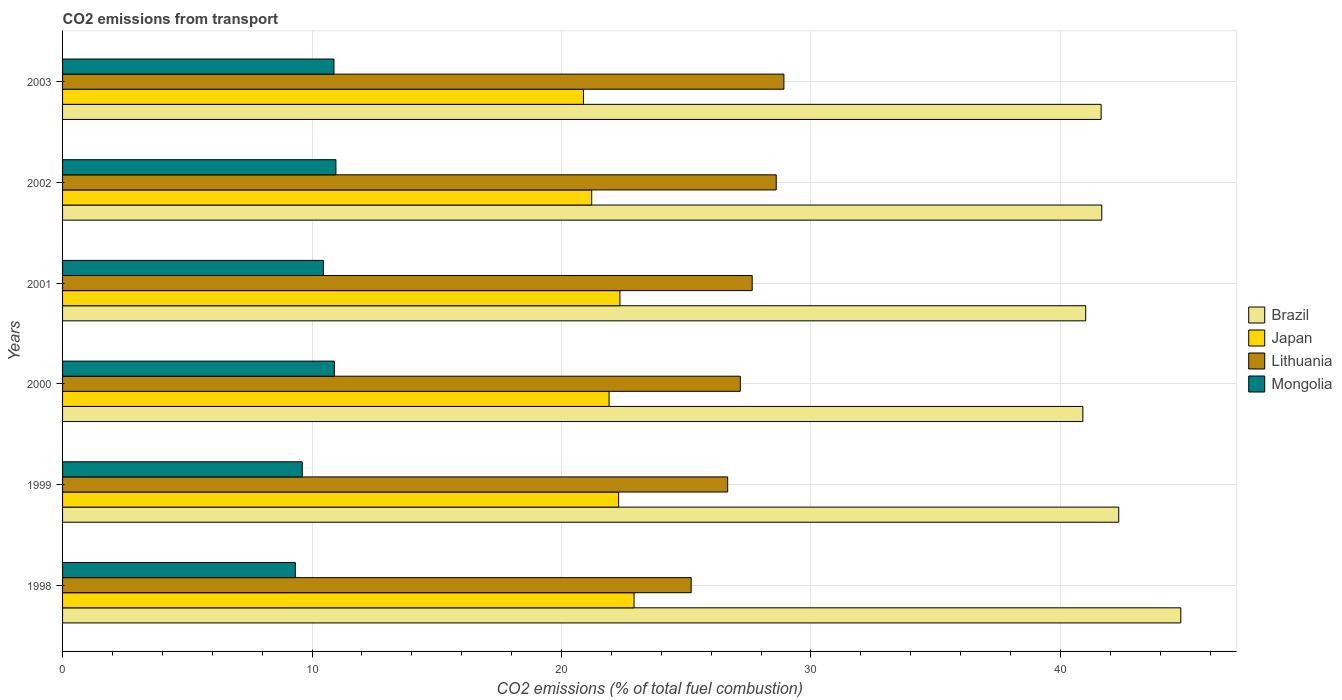
| Years | Brazil | Japan | Lithuania | Mongolia |
 | --- | --- | --- | --- | --- |
 | 1998 | 44.8 | 22.9 | 25.2 | 9.33 |
 | 1999 | 42.3 | 22.3 | 26.7 | 9.61 |
 | 2000 | 40.9 | 21.9 | 27.2 | 10.9 |
 | 2001 | 41 | 22.3 | 27.6 | 10.5 |
 | 2002 | 41.7 | 21.2 | 28.6 | 11 |
 | 2003 | 41.6 | 20.9 | 28.9 | 10.9 |